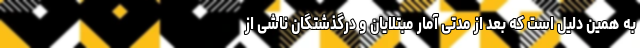
به همین دلیل است که بعد از مدتی آمار مبتلایان و درگذشتگان ناشی از